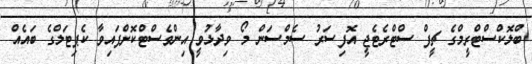
ބްލޮކްސްޓްރީމްގެ ޗީފް ސްޓްރެޓެޖީ އޮފިސަރު ސެމްސަން މޯ ވިދާޅުވީ އިންވެސްޓްކޮށްފައިވާ ކެޕިޓަލްގެ ބައެއް